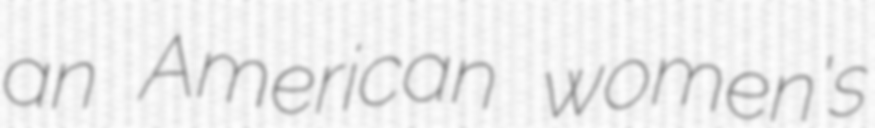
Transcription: an American women's